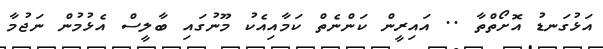
އަޅުގަނޑު އޮށޯތްތާ .. އައިރީން ކަންނެތް ކަމާއިއެކު މޫނުގައި ބާލީސް އެޅުމުން ނަޖުމާ